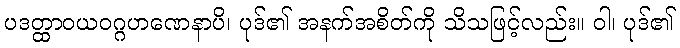
ပဒတ္ထာဝယဝဂ္ဂဟဏေနာပိ၊ ပုဒ်၏ အနက်အစိတ်ကို သိသဖြင့်လည်း။ ဝါ၊ ပုဒ်၏